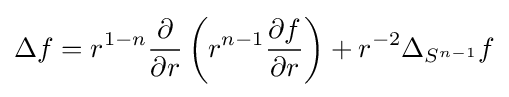
\Delta f=r^{1-n}{\frac {\partial }{\partial r}}\left(r^{n-1}{\frac {\partial f}{\partial r}}\right)+r^{-2}\Delta _{S^{n-1}}f